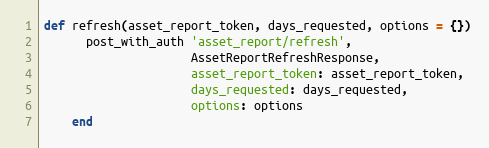
Language: Ruby
def refresh(asset_report_token, days_requested, options = {})
      post_with_auth 'asset_report/refresh',
                     AssetReportRefreshResponse,
                     asset_report_token: asset_report_token,
                     days_requested: days_requested,
                     options: options
    end